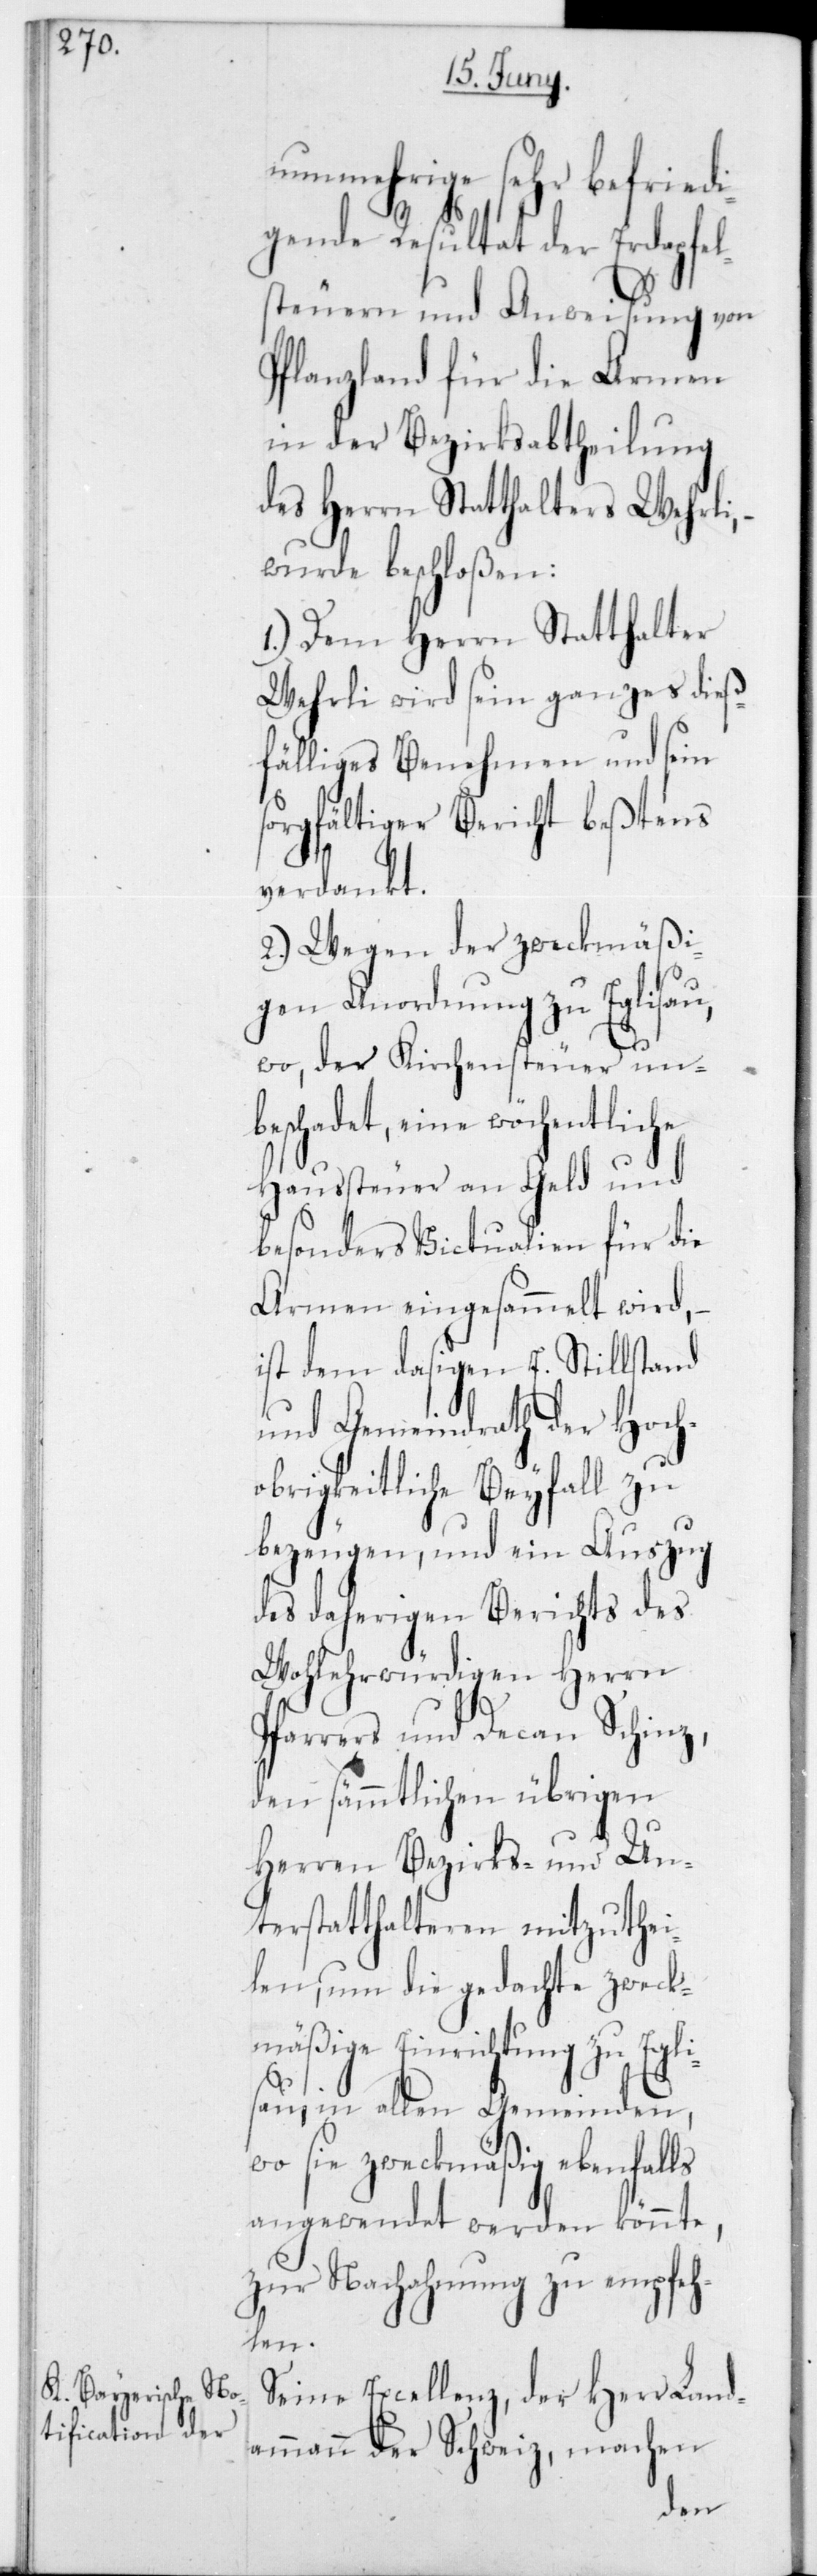
nunmehrige sehr befriedi¬
gende Resultat der Erdapfel¬
steuern und Anweisung von
Pflanzland für die Armen
in der Bezirksabtheilung
des Herrn Statthalters Wehrli,
wurde beschloßen:
1.) Dem Herrn Statthalter
Wehrli wird sein ganzes dieß¬
fälliges Benehmen und sein
sorgfältiger Bericht beßtens
verdankt.
2.) Wegen der zweckmäßi¬
gen Anordnung zu Eglisau,
wo der Kirchensteuer un¬
beschadet, eine wöchentliche
Haussteuer an Geld und
besonders Victualien für die
Armen eingesammelt wird, –
ist dem dasigen E. Stillstand
und Gemeindrath der Hoch¬
obrigkeitliche Beyfall zu
bezeugen, und ein Auszug
des daherigen Berichts des
Wohlehrwürdigen Herrn
Pfarrers und Decan Schinz,
den sämmtlichen übrigen
Herren Bezirks- und Un¬
terstatthalteren mitzuthei¬
len, um die gedachte zweck¬
mäßige Einrichtung zu Egli¬
sau, in allen Gemeinden,
wo sie zweckmäßig ebenfalls
angewendet werden könnte,
zur Nachahmung zu empfeh¬
len.
Seine Excellenz, der Herr Land¬
ammann der Schweiz, machen